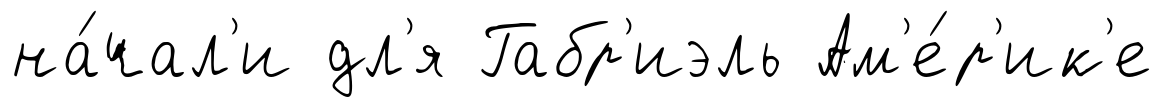
на́чал'и дл'я Габр'иэль Ам'е́р'ик'е